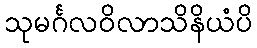
သုမင်္ဂလဝိလာသိနိယံပိ